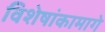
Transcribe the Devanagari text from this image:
विशेषांकामागे